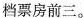
档票房前三